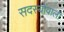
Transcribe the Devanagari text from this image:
सदस्योंवाली